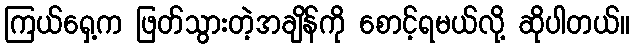
ကြယ်ရှေ့က ဖြတ်သွားတဲ့အချိန်ကို စောင့်ရမယ်လို့ ဆိုပါတယ်။